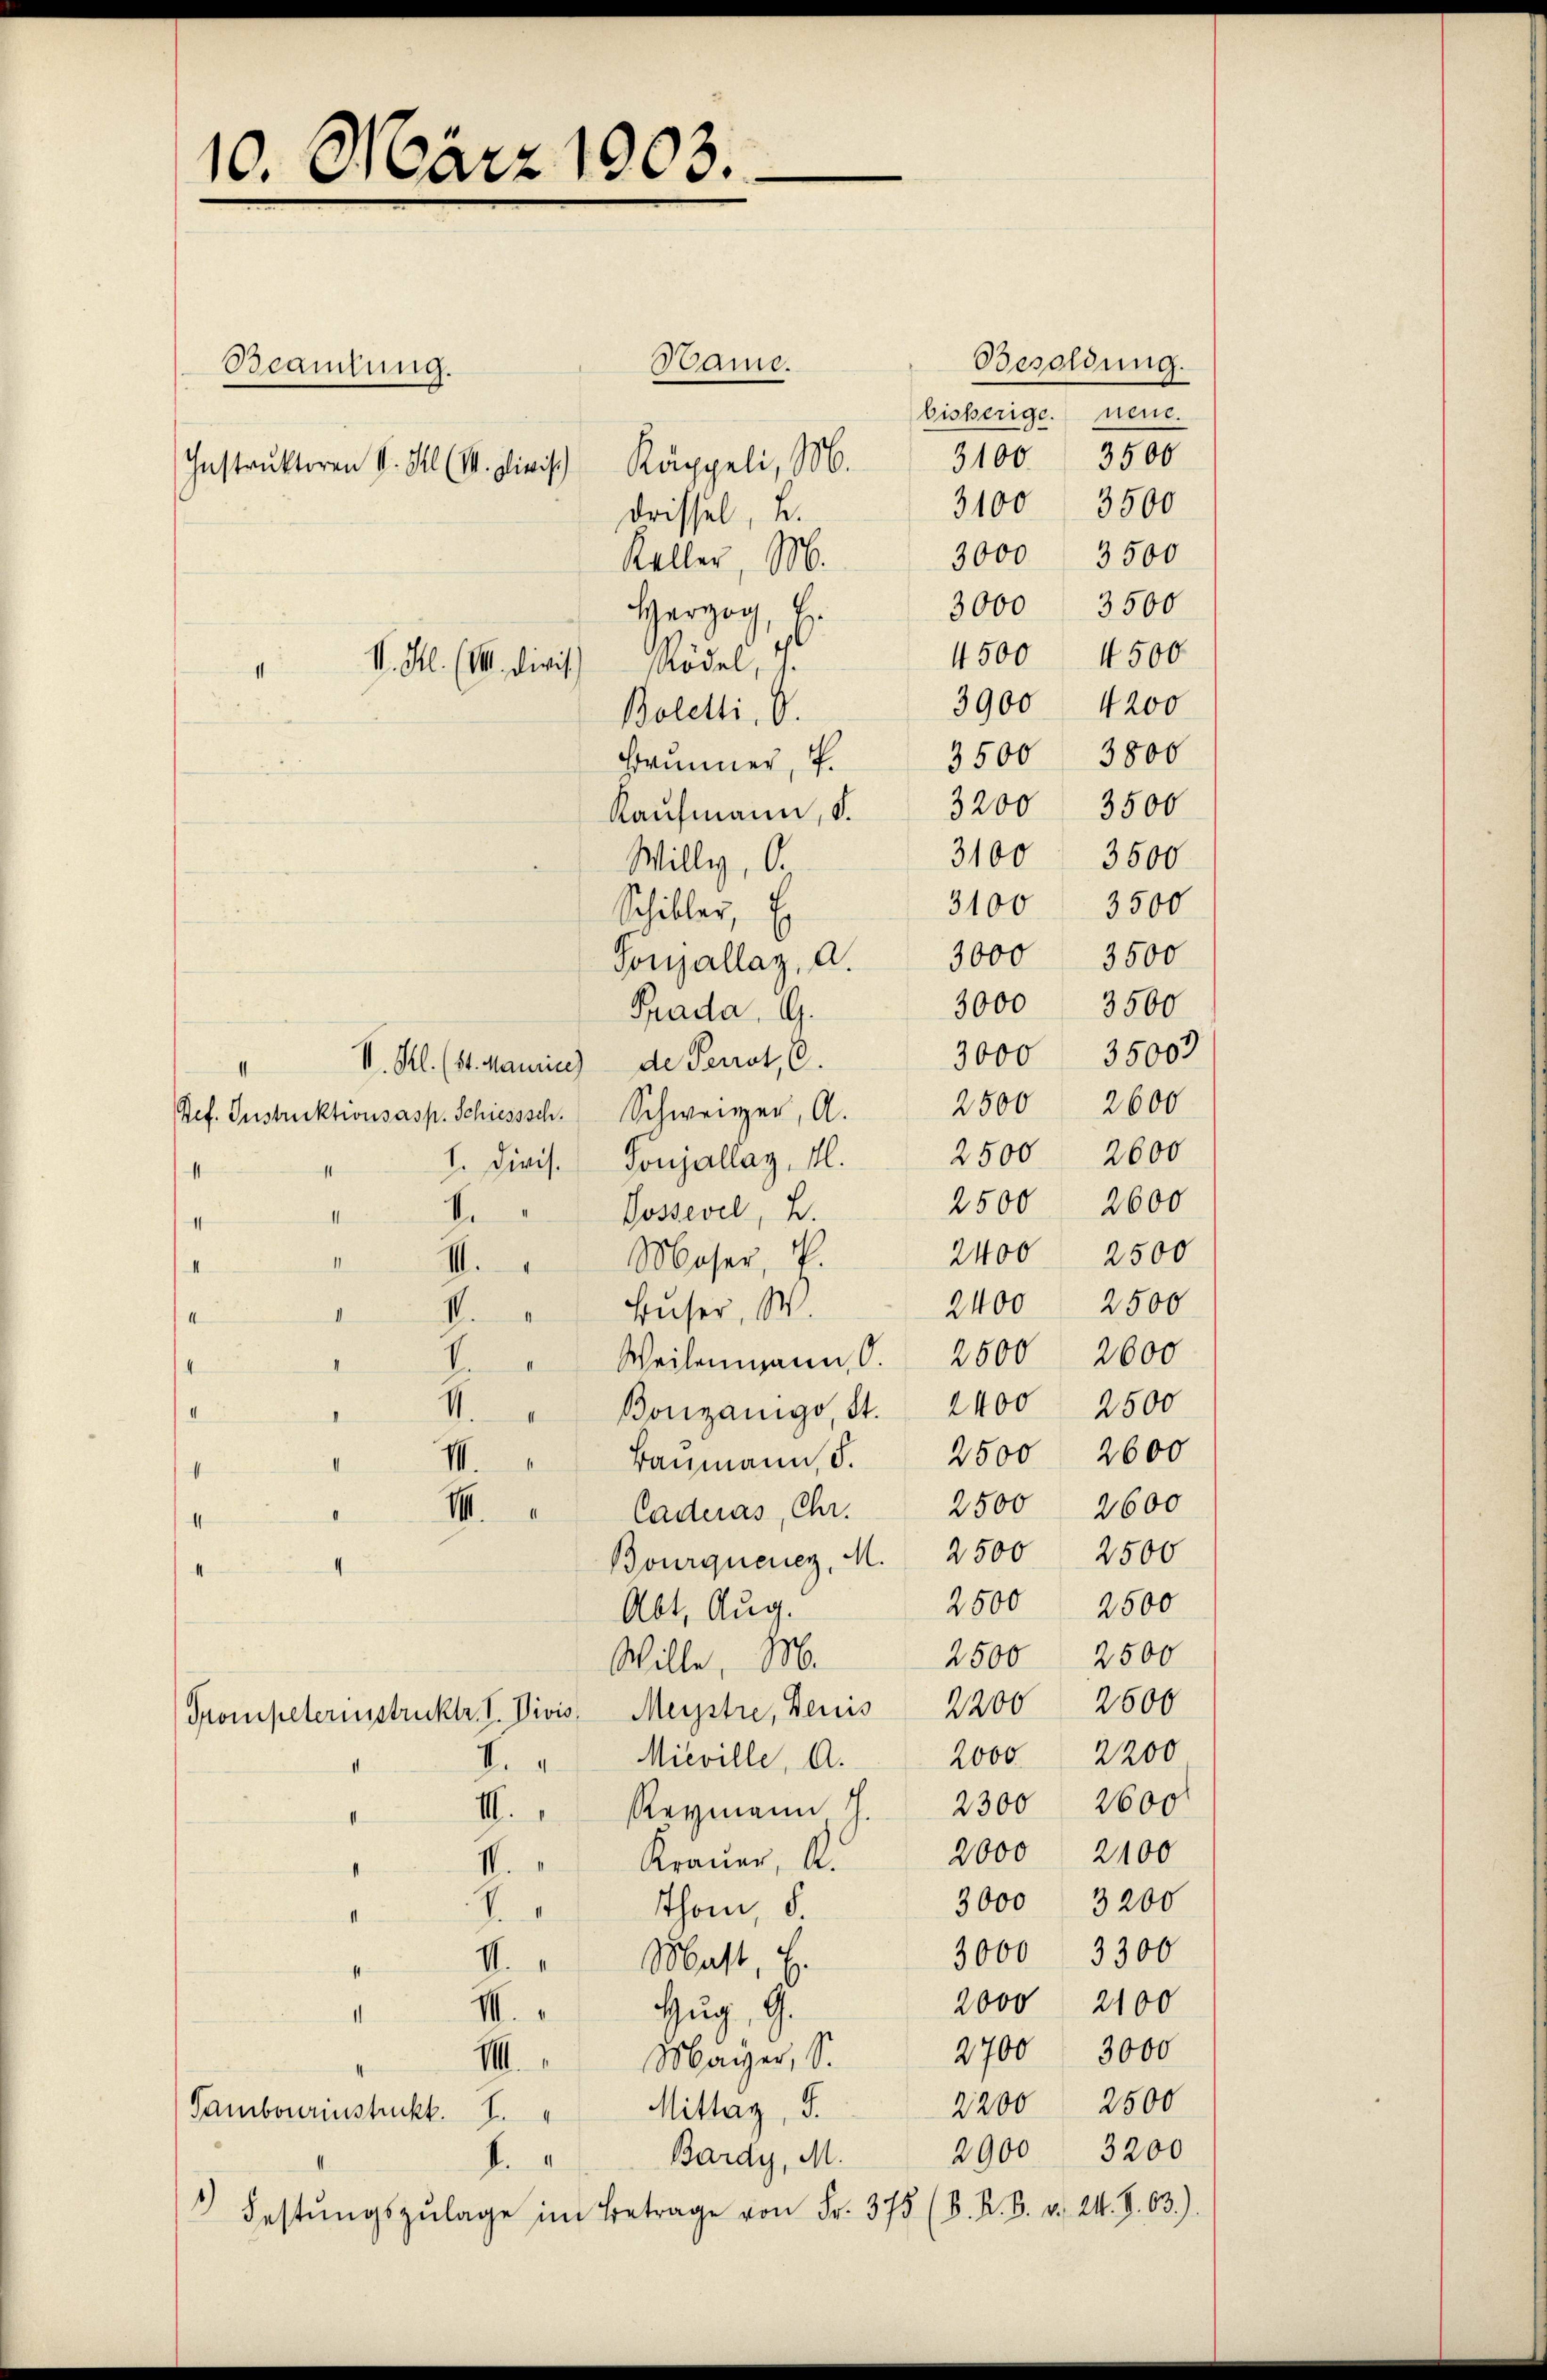
10. März 1903.

Bame.
Beamtung.
Instruktoren II. Hl (I. Plinisch Käppeli, 16. 3100. 3500
drissel, u.
Kaller, M.
Herzog, H.
M. Hl. (III. Die ist Model, 4
II
Boletti, d.
Brunner 3500 3800
Kaŭfmann, S. 3200 3500
Willy, O.
Schiller, Er
Tonjallag, a. 3000 3500
Prada, G.
II. Kl. (St. Manie) de Perrot, C.
II
Pef. Instruktionsasp. Schiesssch. Schweizer, A. 2500 2600
1. Diris. Sonjallag, M. 2500 2600
1
4. " Jossevel, L.
II
I
Moser, V.
II
III.
II
" II. " Buser, W.
4
I. " Weilenmann, d. 2500 2600
I
Bonzanigo, St. 2400 2500
M.
II
Baumann, S. 2500 2600
I.
.
M.
Caderas, Chr.
II
1
Bourquenz, M. 2500 2500
Abt. Aug.
Wille, M.
Trompeterinstrukte V. Divis, Meistre, Denis 2200 2600
Mieville, A.
A.
1
" III. " Reymann J.
Krauer, A.
I.
Thom, d
.
II
III. " Mast, E.
11
ug, G.
III.
1
16. Maÿer, S.
2200 2500
Mittag, S.
Sambourinstruckt. I.
2900 3200
Bardy, M.
.
 Festŭngszulage im Betrage von Fr. 375 (B. K. B. v. 24. S. 63.)

Besoldung.
bisherige neue.
3100 3500
3000 3500
3000 3500
4500 4500
3900
4200
3100 3500
3100 3500
3000 3500
35000
3000
2500 2600
2400 2500
2400 2500
2500 2600
2500 2500
2500 2500
2000. 2200
2300 2600
2000 2100
3000 3200
3000 3300
2000 2100
2700 3000